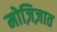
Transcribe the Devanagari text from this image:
मोज़िज़ात